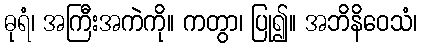
ဓုရံ၊ အကြီးအကဲကို။ ကတွာ၊ ပြု၍။ အဘိနိဝေသံ၊